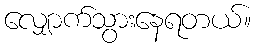
လျှောက်သွားနေရတယ်။